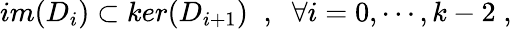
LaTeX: im(D_{i})\subset ker(D_{i+1})\; \; ,\; \; \forall i=0,\cdots,k-2\; ,